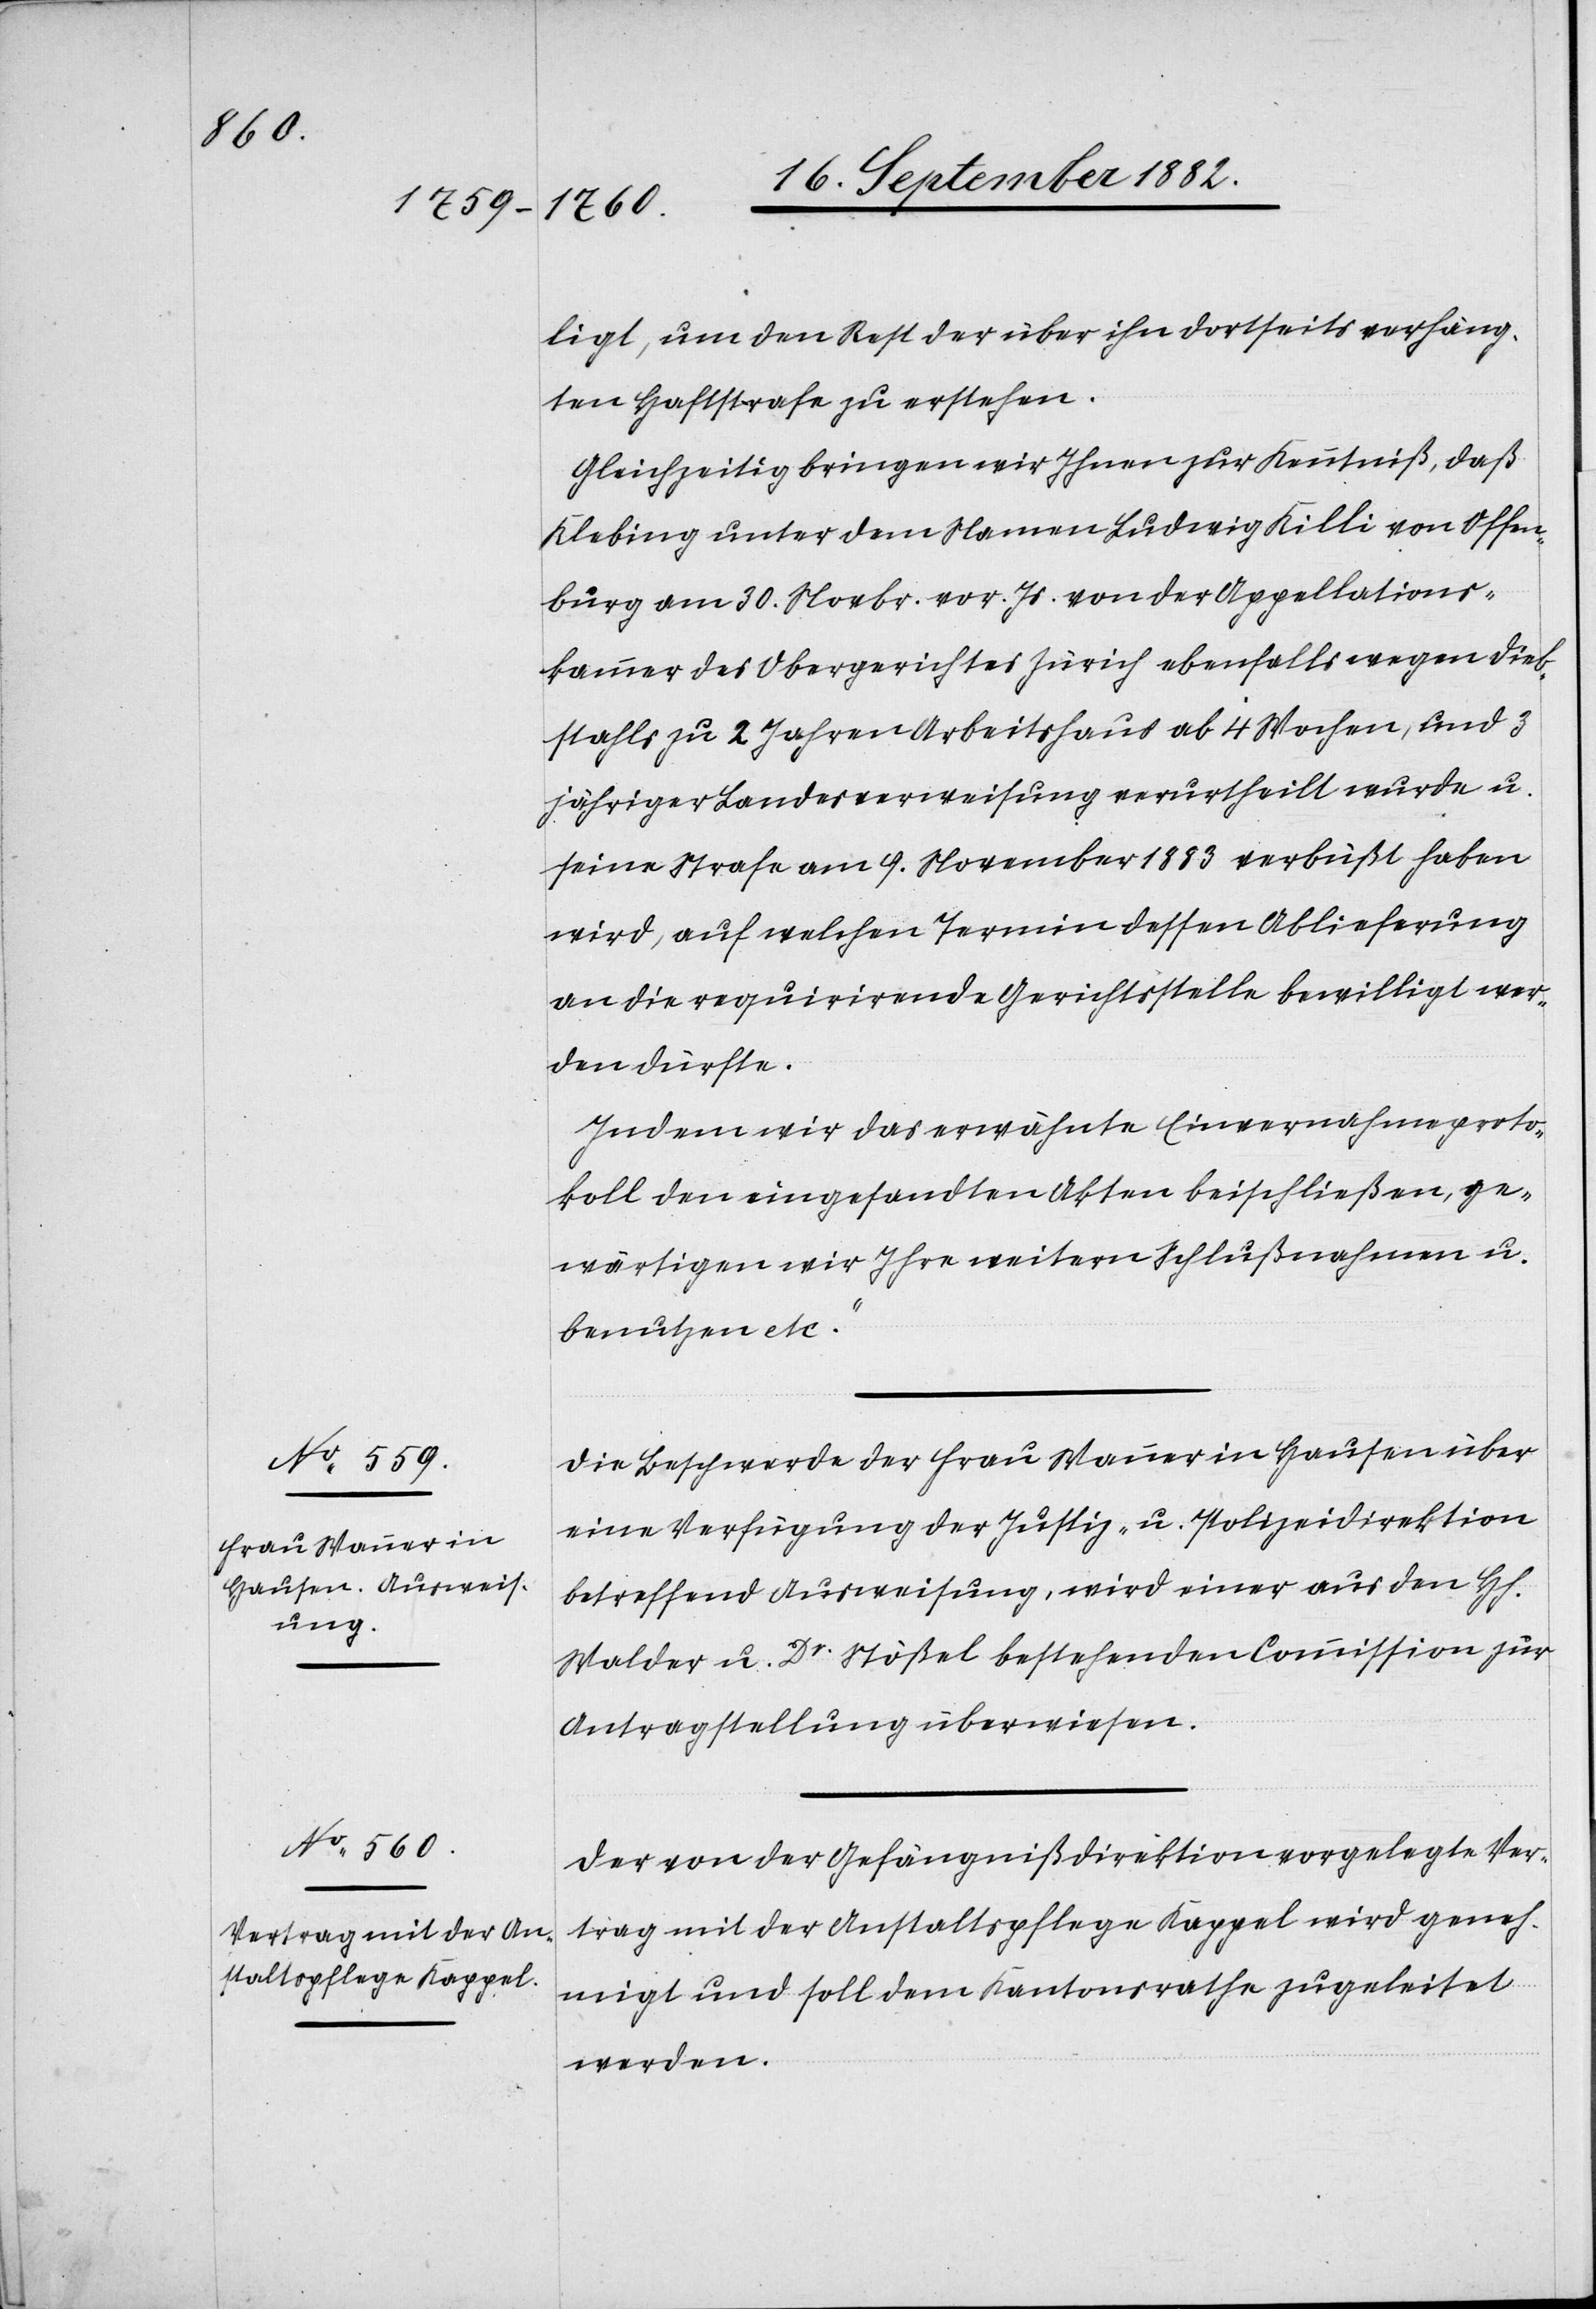
ligt, um den Rest der über ihn dortseits verhäng¬
ten Haftstrafe zu erstehen.
Gleichzeitig bringen wir Ihnen zur Kenntniß, daß
Klebing unter dem Namen Ludwig Killi von Offen¬
burg am 30. Novbr. vor. Js. von der Appellations¬
kammer des Obergerichtes Zürich ebenfalls wegen Dieb¬
stahls zu 2 Jahren Arbeitshaus ab 4 Wochen, und 3
jähriger Landesverweisung verurtheilt wurde u.
seine Strafe am 9. November 1883 verbüßt haben
wird, auf welchen Termin dessen Ablieferung
an die requirirende Gerichtsstelle bewilligt wer¬
den dürfte.
Indem wir das erwähnte Einvernahmsproto¬
koll den eingesandten Akten beischließen, ge¬
wärtigen wir Ihre weitern Schlußnahmen u.
benutzen etc.“
Die Beschwerde der Frau Wanner in Hausen über
eine Verfügung der Justiz- & Polizeidirektion
betreffend Ausweisung, wird einer aus den Hh.
Walder u. Dr Stößel bestehenden Commission zur
Antragstellung überwiesen.
Der von der Gefängnißdirektion vorgelegte Ver¬
trag mit der Anstaltspflege Kappel wird geneh¬
migt und soll dem Kantonsrathe zugeleitet
werden.